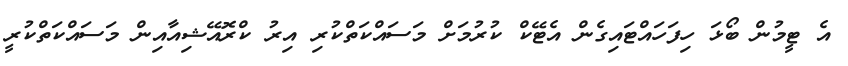
އެ ޓީމުން ބޯޅަ ހިފަހައްޓައިގެން އެޓޭކް ކުރުމަށް މަސައްކަތްކުރި އިރު ކްރޮއޭޝިއާއިން މަސައްކަތްކުރީ